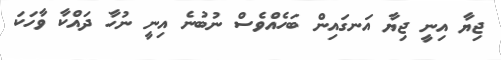
ޖިޔާ އިނީ ޖިޔާ އަނގައިން ބަހެއްވެސް ނުބުނެ އިނީ ނުހާ ދައްކާ ވާހަކަ